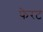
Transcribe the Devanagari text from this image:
फेरट